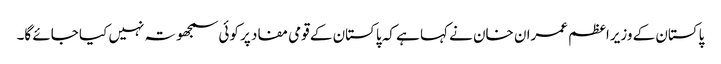
پاکستان کے وزیراعظم عمران خان نے کہا ہے کہ پاکستان کے قومی مفاد پر کوئی سمجھوتہ نہیں کیا جائے گا۔